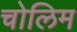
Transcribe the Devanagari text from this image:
चोलिम